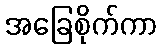
အခြေစိုက်ကာ